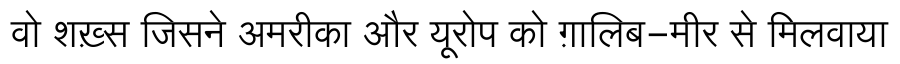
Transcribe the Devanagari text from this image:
वो शख़्स जिसने अमरीका और यूरोप को ग़ालिब-मीर से मिलवाया